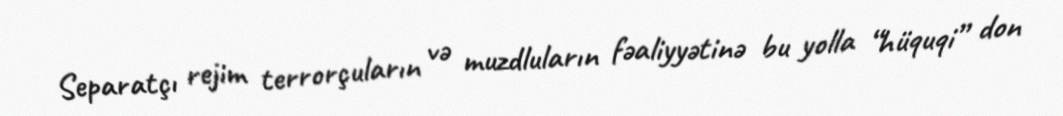
Separatçı rejim terrorçuların və muzdluların fəaliyyətinə bu yolla “hüquqi” don